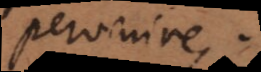
pervenire.